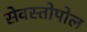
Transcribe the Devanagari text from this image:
सेवस्तोपोल